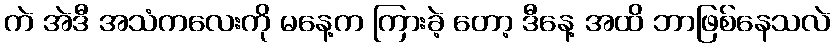
ကဲ အဲဒီ အသံကလေးကို မနေ့က ကြားခဲ့ တော့ ဒီနေ့ အထိ ဘာဖြစ်နေသလဲ